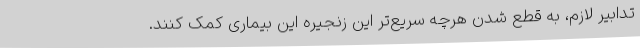
تدابیر لازم، به قطع شدن هرچه سریع‌تر این زنجیره این بیماری کمک کنند.